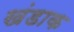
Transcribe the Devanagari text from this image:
खंडाक